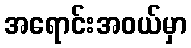
အရောင်းအဝယ်မှာ